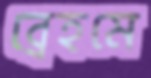
ব্রেহমে